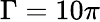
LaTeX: \Gamma=10\pi